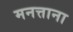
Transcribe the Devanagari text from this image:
मनत्ताना